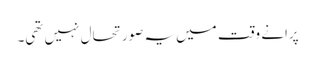
پرانے وقت میں یہ صورتحال نہیں تھی۔